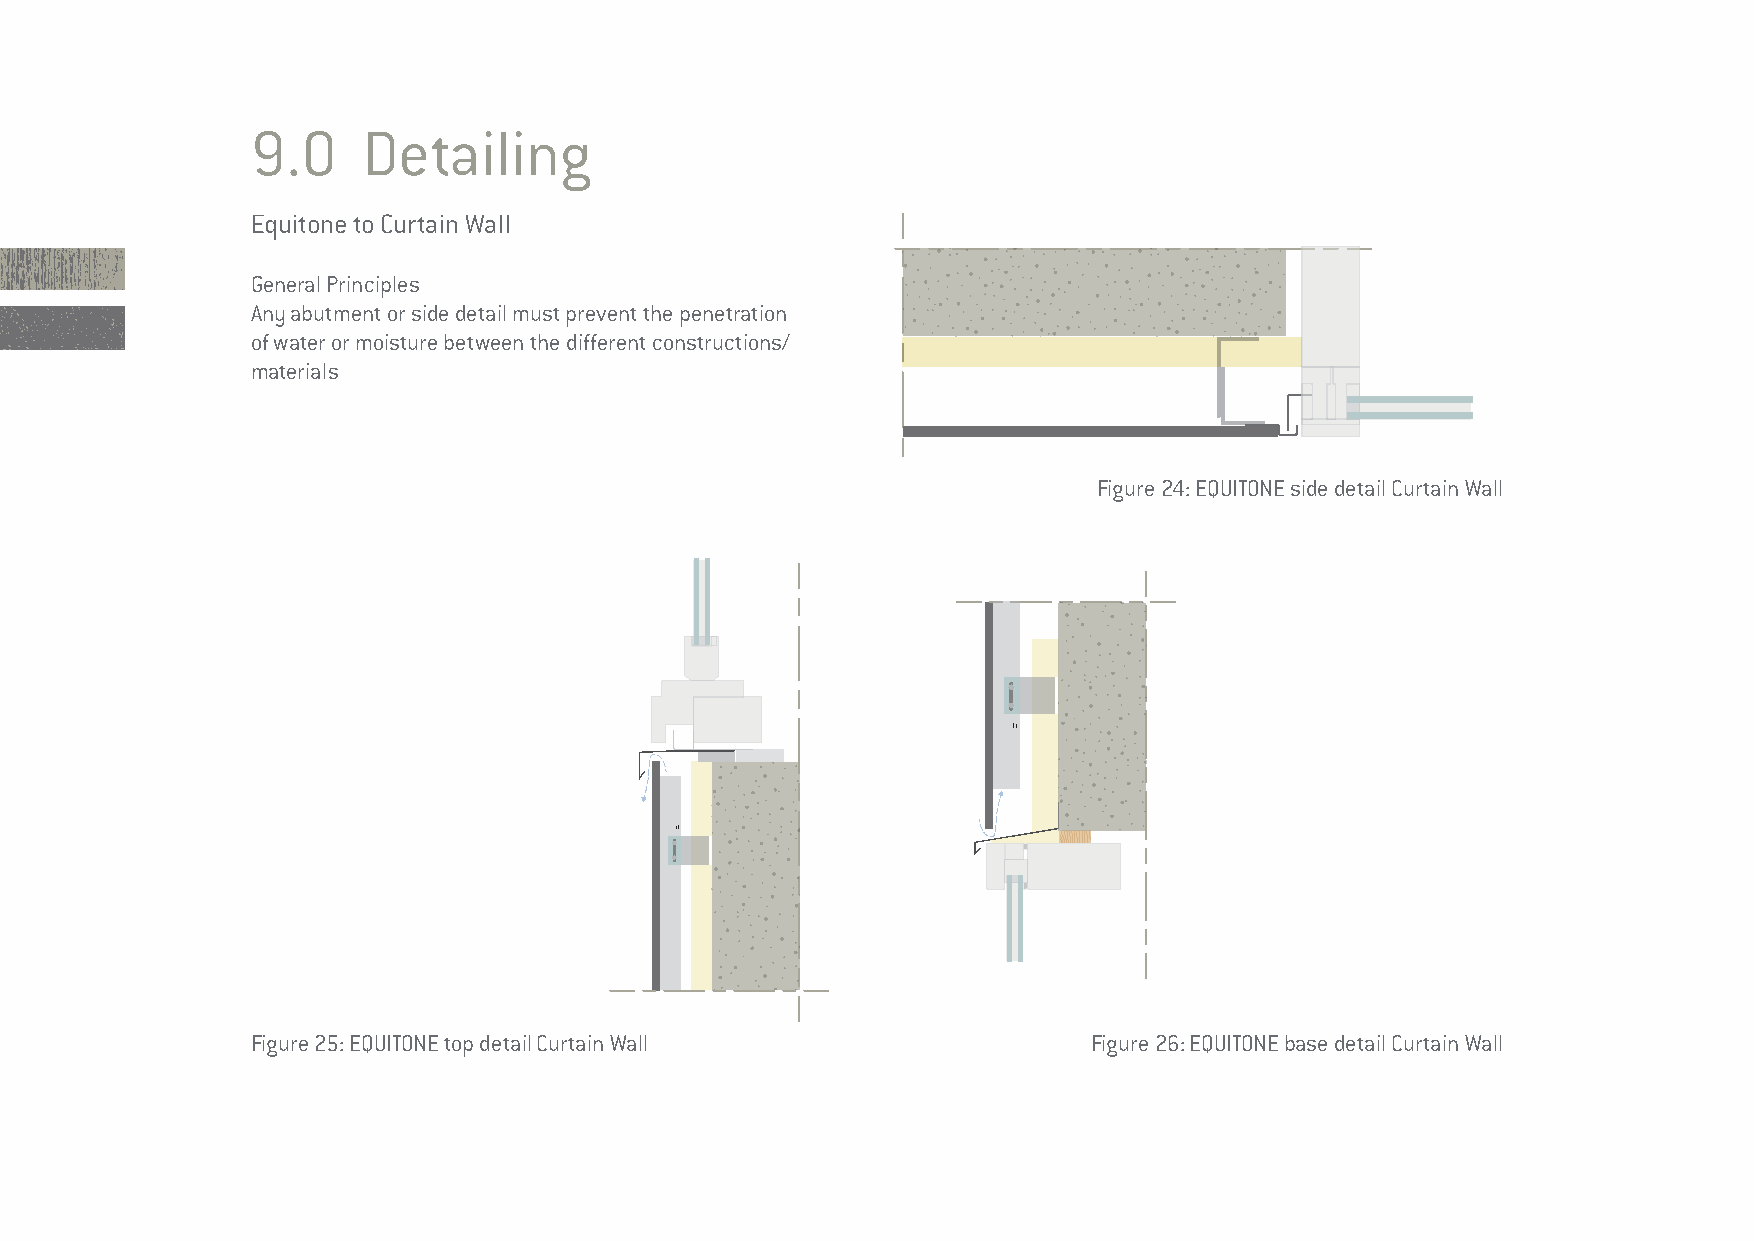
9.0    Detailing
 Equitone to Curtain Wall
 General Principles
 Any abutment or side detail must prevent the penetration
 of water or moisture between the different constructions/
 materials
 Figure 24: EQUITONE side detail Curtain Wall
 Figure 25: EQUITONE top detail Curtain Wall            Figure 26: EQUITONE base detail Curtain Wall